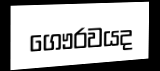
ගෞරවයද